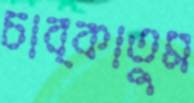
চাব্‌কাতুম